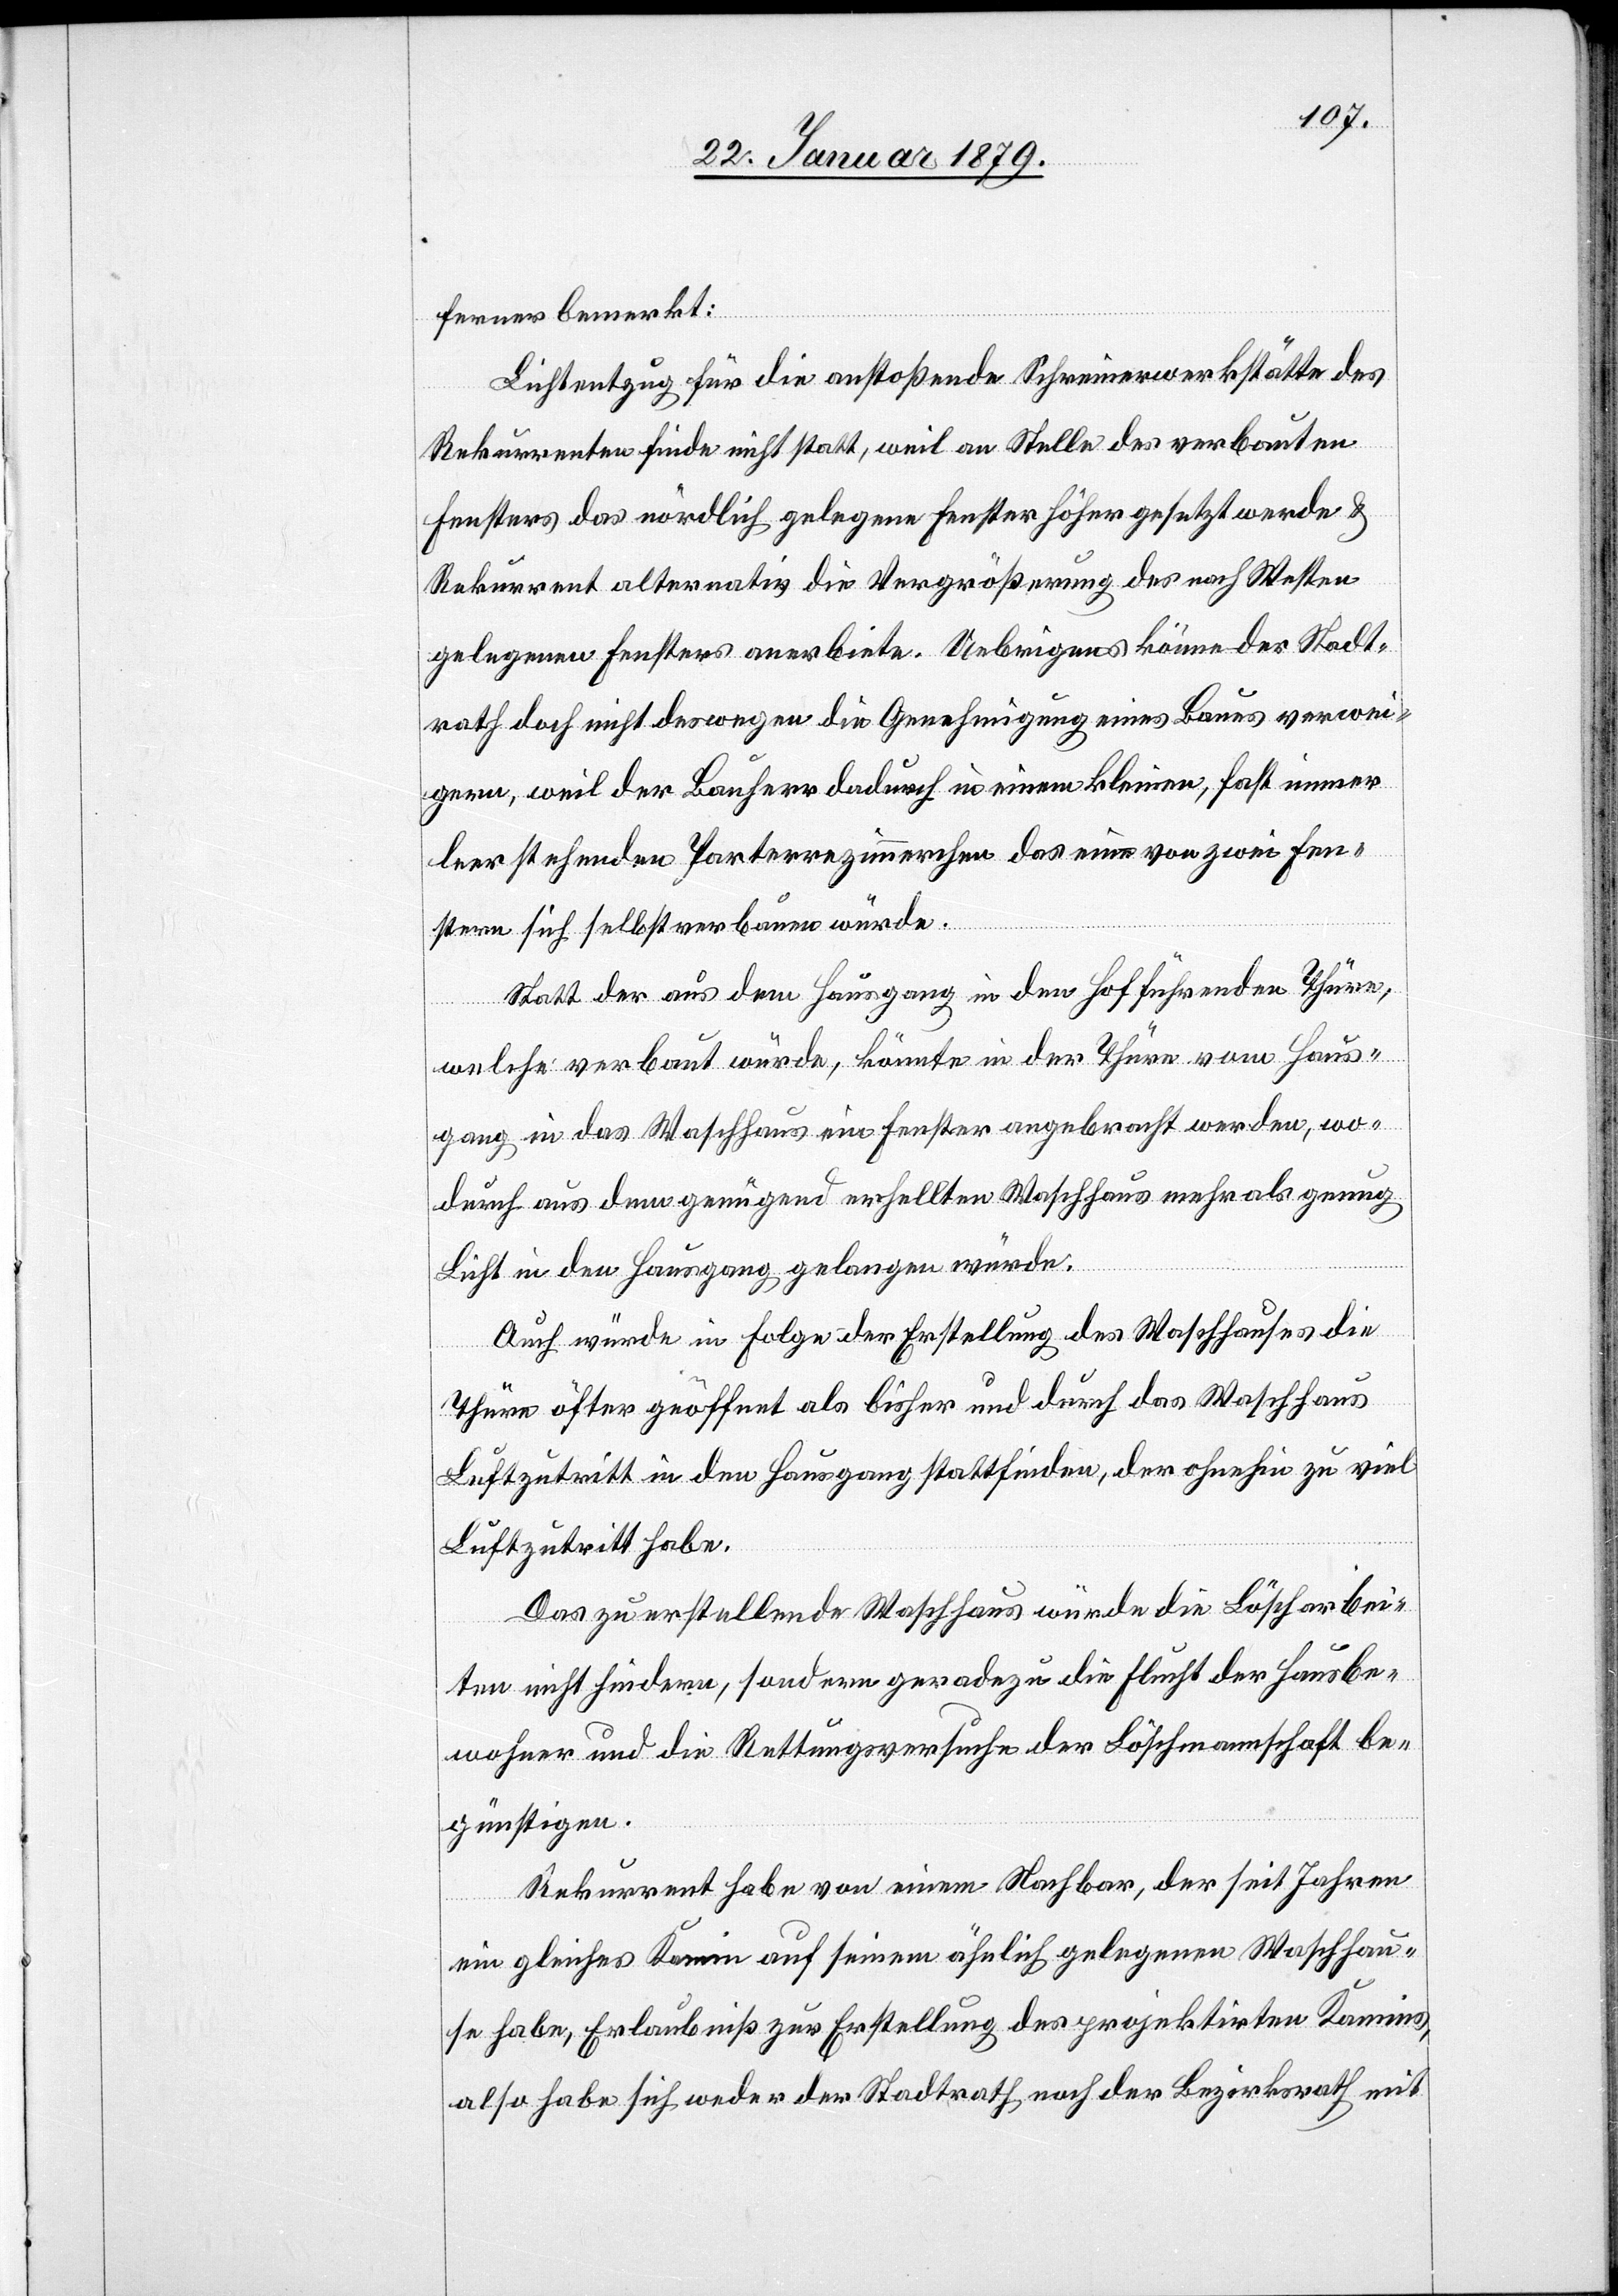
ferner bemerkt:
Lichtentzug für die anstoßende Schreinerwerkstätte des
Rekurrenten finde nicht statt, weil an Stelle des verbauten
Fensters das nördlich gelegene Fenster höher gesetzt werde &
Rekurrent alternativ die Vergrößerung des nach Westen
gelegenen Fensters anerbiete. Uebrigens könne der Stadt¬
rath doch nicht deswegen die Genehmigung eines Baues verwei¬
gern, weil der Bauherr dadurch in einem kleinen, fast immer
leer stehenden Parterrezimmerchen das eine von zwei Fen¬
stern sich selbst verbauen würde.
Statt der aus dem Hausgang in den Hof führenden Thüre,
welche verbaut würde, könnte in der Thüre vom Haus¬
gang in das Waschhaus ein Fenster angebracht werden, wo¬
durch aus dem genügend erhellten Waschhaus mehr als genug
Licht in den Hausgang gelangen würde.
Auch würde in Folge der Erstellung des Waschhauses die
Thüre öfters geöffnet als bisher und durch das Waschhaus
Luftzutritt in den Hausgang stattfinden, der ohnehin zu viel
Luftzutritt habe.
Das zu erstellende Waschhaus würde die Löscharbei¬
ten nicht hindern, sondern geradezu die Flucht der Hausbe¬
wohner und die Rettungsversuche der Löschmannschaft be¬
günstigen.
Rekurrent habe von einem Nachbar, der seit Jahren
ein gleiches Kamin auf seinem ähnlich gelegenen Waschhau¬
se habe, Erlaubniß zur Erstellung des projektirten Kamins,
also habe sich weder der Stadtrath noch der Bezirksrath mit